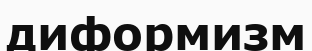
диформизм